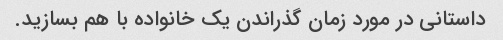
داستانی در مورد زمان گذراندن یک خانواده با هم بسازید.